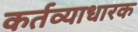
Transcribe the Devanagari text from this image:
कर्तव्याधारक